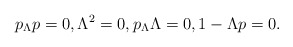
\begin{align*}p_\Lambda p=0, \Lambda^2=0, p_\Lambda \Lambda=0, 1-\Lambda p=0.\end{align*}